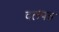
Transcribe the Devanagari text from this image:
दलपत्र